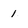
Character: 1